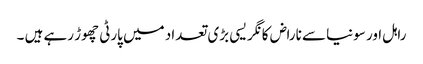
راہل اور سونیا سے ناراض کانگریسی بڑی تعداد میں پارٹی چھوڑ رہے ہیں ۔